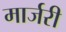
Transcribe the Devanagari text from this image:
मार्जरी